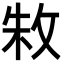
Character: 𫾭